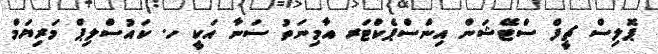
ޕޮލިސް ޗީފް ސްޓޭޝަން އިންސްޕެކްޓަރ އާމިނަތު ސަނާ އަކީ ހ. ކައުސްލިޕް މަރިޔަމް